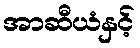
အာဆီယံနှင့်